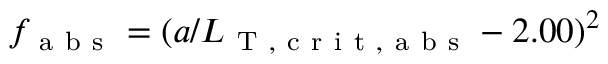
f _ { \mathrm { ~ a ~ b ~ s ~ } } = ( a / L _ { \mathrm { ~ T ~ , ~ c ~ r ~ i ~ t ~ , ~ a ~ b ~ s ~ } } - 2 . 0 0 ) ^ { 2 }